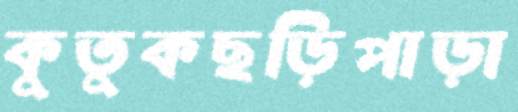
কুতুকছড়িপাড়া